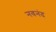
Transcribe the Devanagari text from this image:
नवनंद